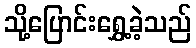
သို့ပြောင်းရွှေ့ခဲ့သည်